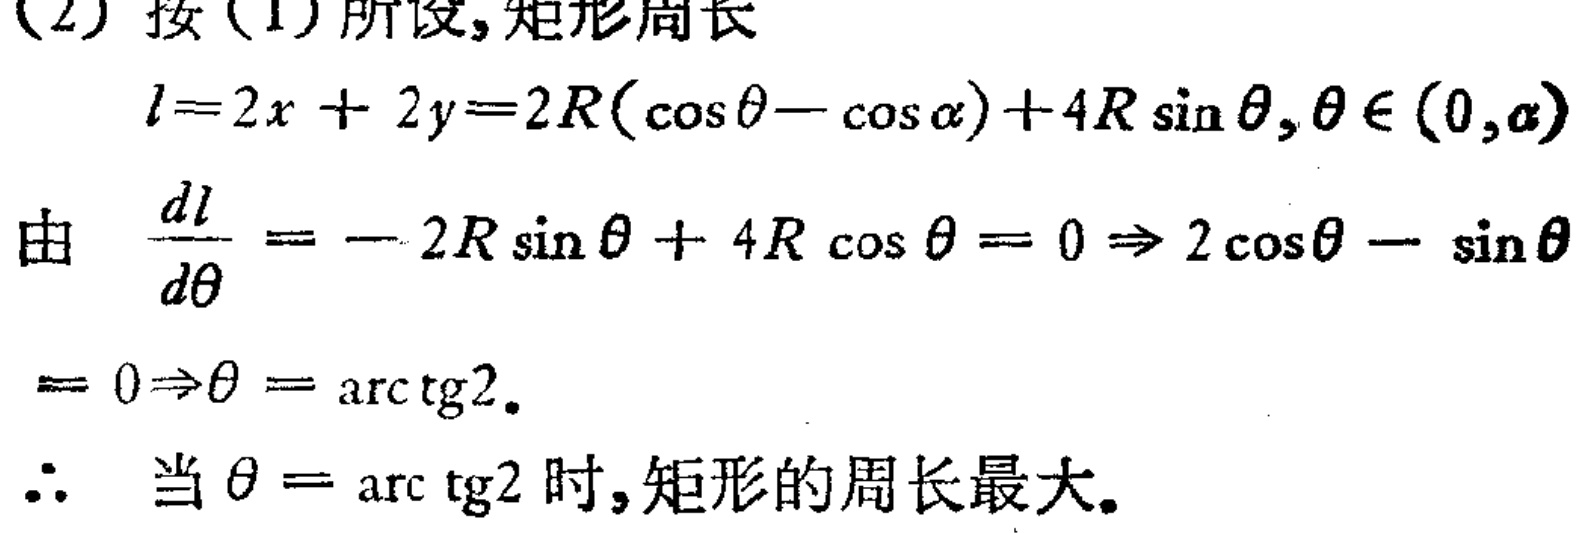
(2) 按 (1) 所设, 矩形周长
\[
l = 2x + 2y = 2R(\cos\theta - \cos\alpha)+4R\sin\theta, \theta\in(0,\alpha)
\]
由 \(\frac{dl}{d\theta}=-2R\sin\theta + 4R\cos\theta = 0\Rightarrow 2\cos\theta-\sin\theta\)
\[
= 0\Rightarrow\theta=\arctan2.
\]
\(\therefore\) 当 \(\theta=\arctan2\) 时, 矩形的周长最大。